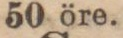
50 öre.